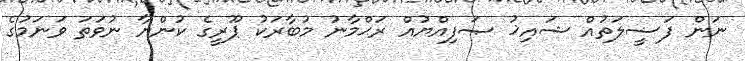
ނަން ފަޟީލަތުއް ޝައިޚު ޞަފިއްޔުއް ރަޙްމާނު މުބާރަކު ޕޫރީގެ ކުންޔާ ނުވަތަ ވަނަމުގެ